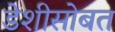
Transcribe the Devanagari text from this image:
डेशीसोबत